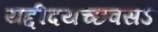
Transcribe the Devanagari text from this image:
यद्दीदयच्छवसऽ